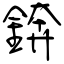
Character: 錛